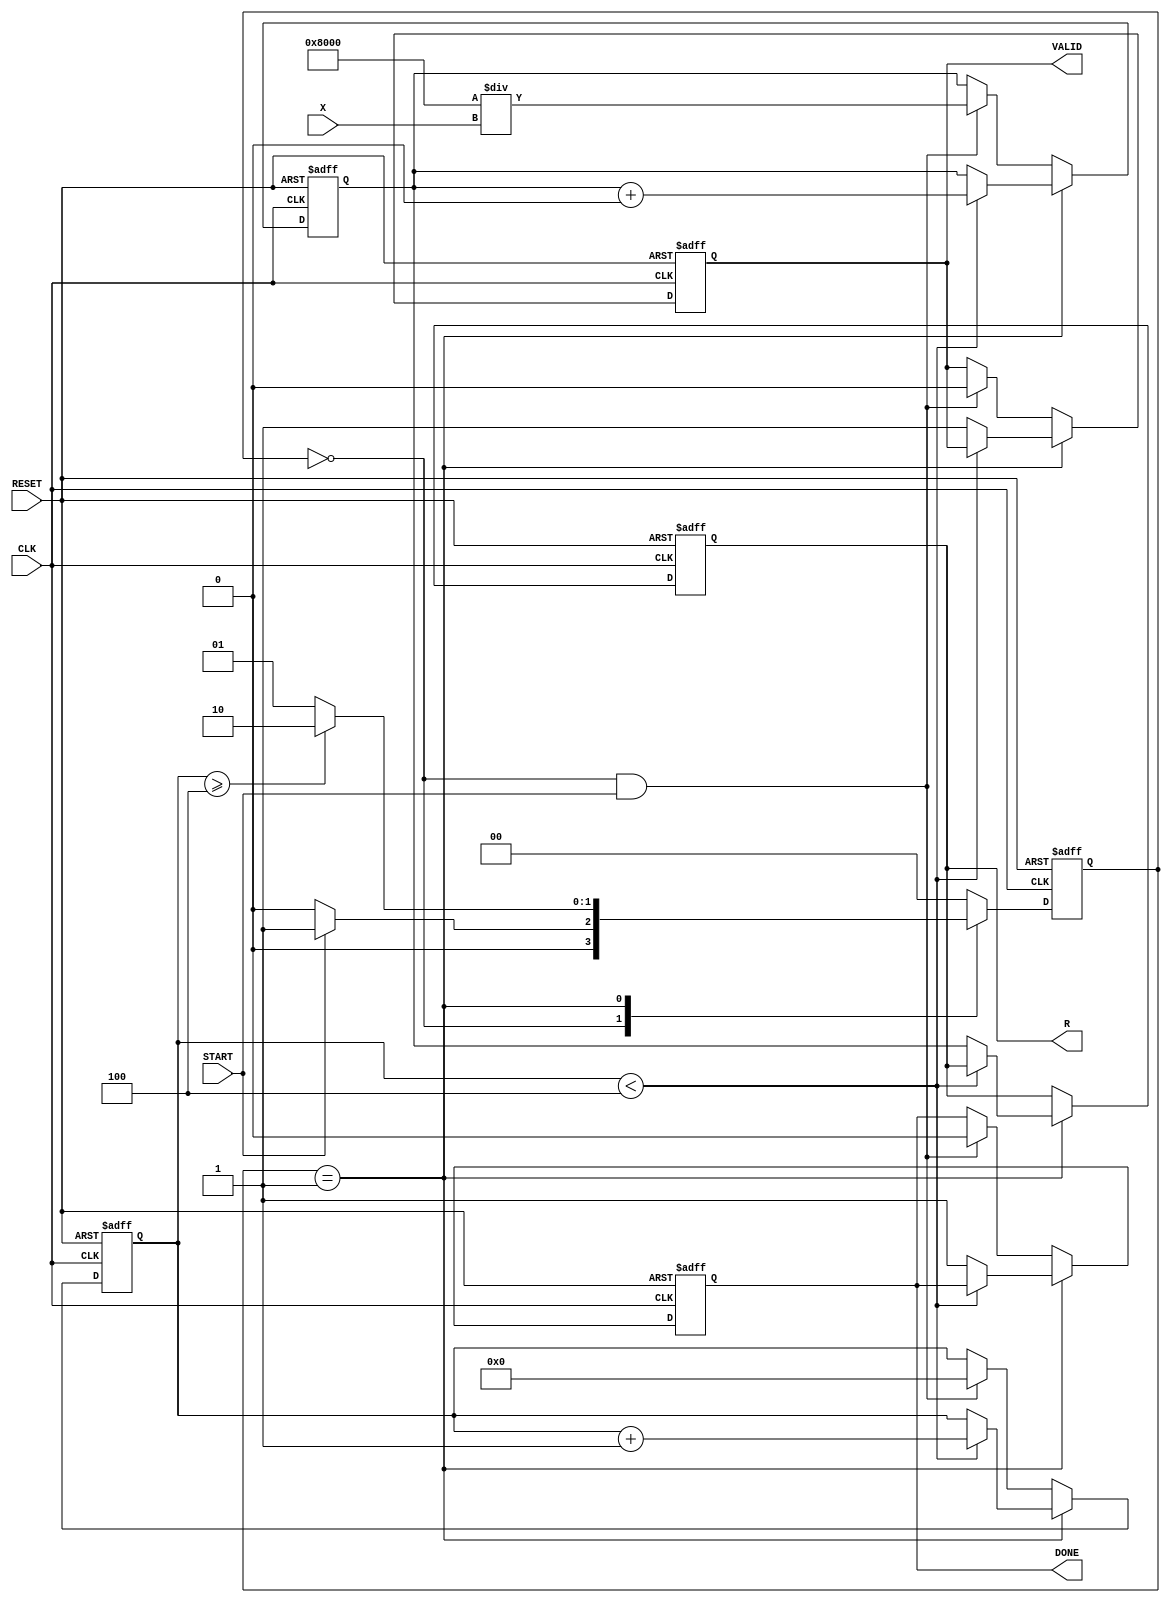
module IterativeReciprocal (
    input wire [15:0] X,         // Input Data (fixed-point)
    input wire START,            // Start Signal
    input wire CLK,              // Clock
    input wire RESET,            // Reset Signal
    output reg [15:0] R,         // Reciprocal Result
    output reg VALID,            // Valid Signal
    output reg DONE              // Done Signal
);

    // State encoding
    localparam IDLE = 2'b00,
               COMPUTE = 2'b01,
               DONE_STATE = 2'b10;

    reg [1:0] state, next_state;
    reg [15:0] approx;           // Current approximation of the reciprocal
    reg [15:0] error;            // Error computation
    reg [3:0] iteration_count;   // Iteration counter
    reg [15:0] temp;             // Temporary variable for calculations
    parameter MAX_ITERATIONS = 4; // Maximum number of iterations

    // State Machine
    always @(posedge CLK or posedge RESET) begin
        if (RESET) begin
            state <= IDLE;
            approx <= 16'b0;
            R <= 16'b0;
            VALID <= 0;
            DONE <= 0;
            iteration_count <= 0;
        end else begin
            state <= next_state;
            if (state == COMPUTE) begin
                if (iteration_count < MAX_ITERATIONS) begin
                    // Update approximation
                    approx <= approx + (approx * (16'hFFFF - temp) >> 16); // Update approx
                    iteration_count <= iteration_count + 1;
                end else begin
                    R <= approx; // Final result
                    VALID <= 1;
                    DONE <= 1;
                end
            end else if (state == IDLE && START) begin
                // Initialization
                approx <= 16'h8000 / X; // Initial guess (1/X)
                iteration_count <= 0;
                VALID <= 0;
                DONE <= 0;
            end
        end
    end

    // Next state logic
    always @(*) begin
        case (state)
            IDLE: begin
                if (START) begin
                    next_state = COMPUTE;
                end else begin
                    next_state = IDLE;
                end
            end
            COMPUTE: begin
                if (iteration_count >= MAX_ITERATIONS) begin
                    next_state = DONE_STATE;
                end else begin
                    next_state = COMPUTE;
                end
            end
            DONE_STATE: begin
                next_state = IDLE; // Go back to IDLE after done
            end
            default: next_state = IDLE;
        endcase
    end

    // Error and temp calculation
    always @(*) begin
        temp = approx * X; // temp = approx * X
        error = 16'hFFFF - temp; // Calculate error
    end

endmodule